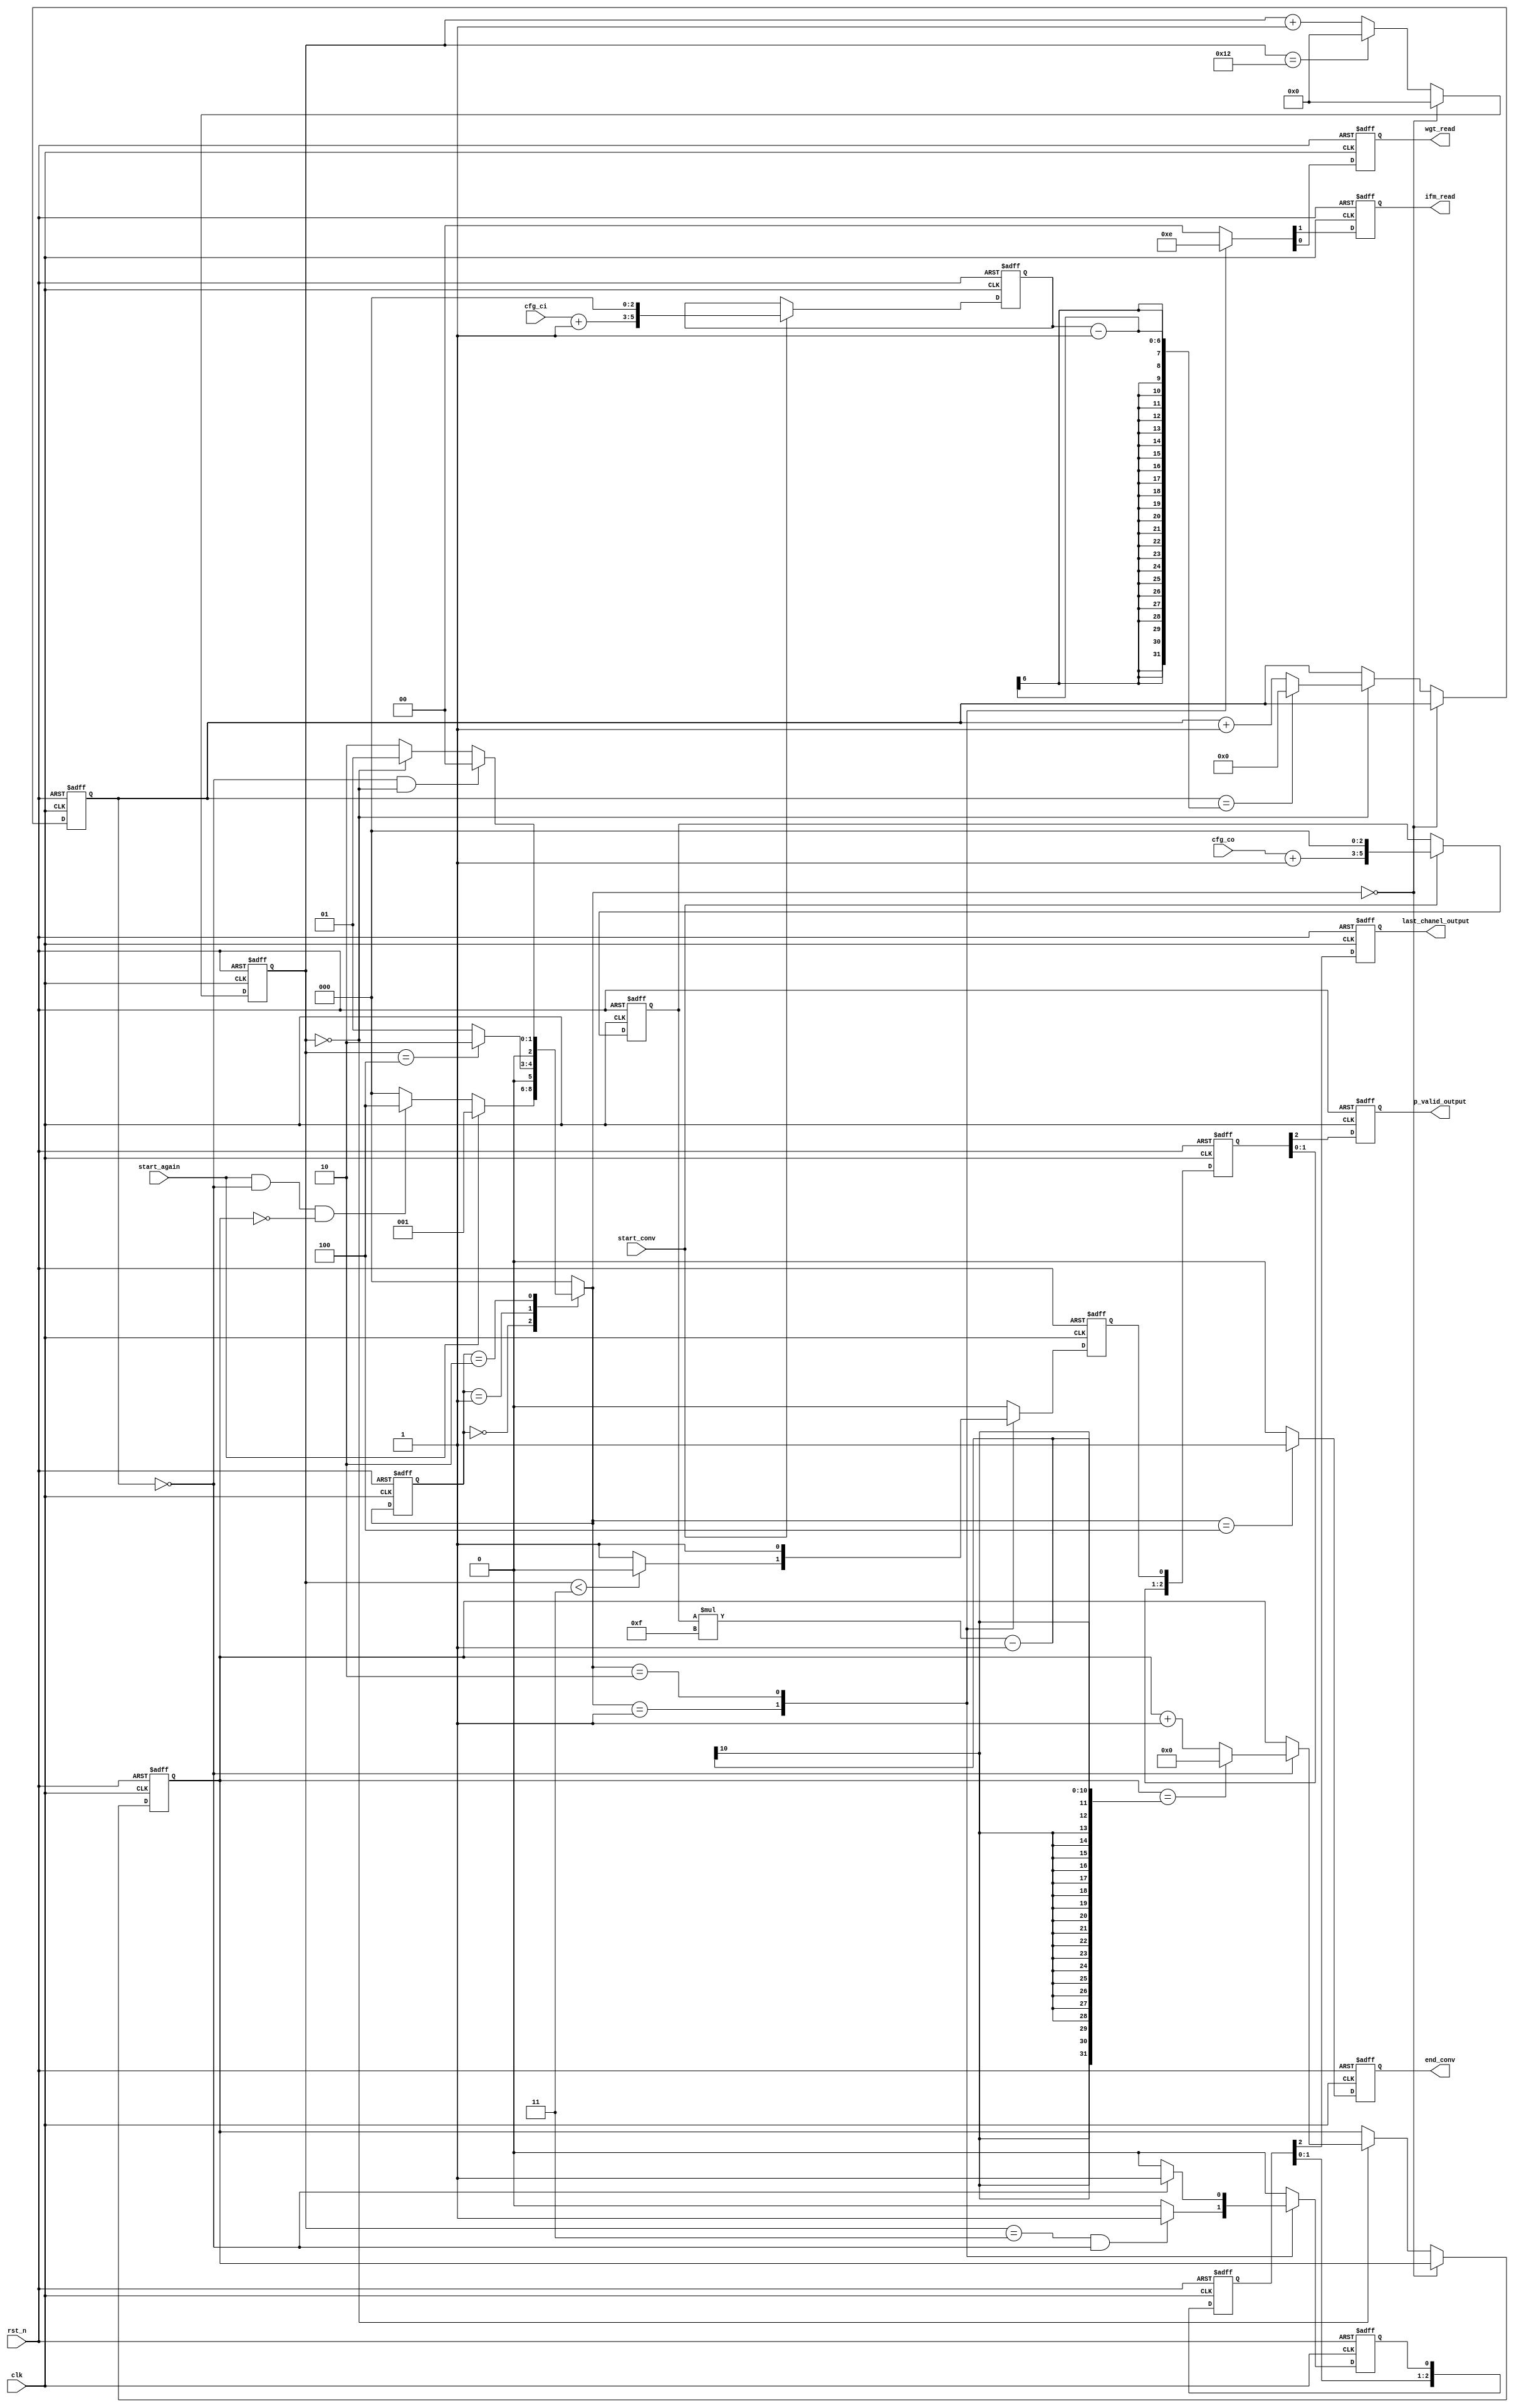
`timescale 1ns / 1ps
//////////////////////////////////////////////////////////////////////////////////
// Company: 
// Engineer: 
// 
// Design Name: 
// Module Name: PE
// Project Name: 
// Target Devices: 
// Tool Versions: 
// Description: 
// 
// Dependencies: 
// 
// Revision:
// Revision 0.01 - File Created
// Additional Comments:
// 
//////////////////////////////////////////////////////////////////////////////////

module PE_FSM (clk, rst_n, start_conv, start_again, cfg_ci, cfg_co, 
            ifm_read, wgt_read, p_valid_output, last_chanel_output, end_conv
);

input clk;
input rst_n;
input start_conv;
input start_again;
input [1:0] cfg_ci;
input [1:0] cfg_co;
output ifm_read;
output wgt_read;
output p_valid_output;
output last_chanel_output;
output end_conv;


reg [5:0] ci;
reg [5:0] co;

reg [5:0] cnt1;
reg [8:0] cnt2;
reg [4:0] cnt3;


reg [2:0] current_state;
reg [2:0] next_state;

reg ifm_read;
reg wgt_read;
reg p_valid;
reg last_chanel;
reg end_conv;

parameter [2:0]
    IDLE = 3'b000,
    S1 = 3'b001,
    S2 = 3'b010,
    FINISH = 3'b100; 

parameter[6:0] tile_length =  16;

always @ (posedge clk or negedge rst_n)
    if(!rst_n)
        current_state <= IDLE;
    else
        current_state <= next_state; 

always @(posedge clk or negedge rst_n) begin
    if (!rst_n) begin
        ci <= 0;
        co <= 0;
    end else if(start_conv) begin
        ci <= ((cfg_ci + 6'b000001) << 3);
        co <= ((cfg_co + 6'b000001) << 3);
    end
end

always @ (current_state or start_conv or start_again or cnt1 or cnt2) 
begin
    next_state = 3'bx; 
    case(current_state)
        IDLE: 
            if(start_again)
                next_state = S1;
            else if(start_again && cnt2 == 0 && cnt3 == 0)
                next_state = FINISH;
            else
                next_state = IDLE;
        S1: 
            next_state = (cnt1 == 4) ? S2 : S1;
        S2:
            if(cnt2 == 0 && cnt1 == 0)
                next_state = IDLE;
            else if(cnt1 == 0)
                next_state = S1;
            // else if(cnt1 == 0)
            //     next_state = S1;
            else 
                next_state = S2;
        default:
            next_state = IDLE;
    endcase
end

always @ (posedge clk or negedge rst_n)
    if(!rst_n)
        {ifm_read, wgt_read, p_valid, last_chanel, end_conv} <= 5'b00000;
    else
        begin
            {ifm_read, wgt_read, p_valid, last_chanel, end_conv} <= 5'b00000;
            case(next_state)
                IDLE:
                    {ifm_read, wgt_read, p_valid, last_chanel, end_conv} <= 5'b00000;
                S1: 
                begin
                    {ifm_read, wgt_read, end_conv} <= 3'b110;
                    p_valid <= (cnt1 < 3) ? 0 : 1; 
                    last_chanel <= (cnt1 == 3 && cnt2 == 0) ? 1 : 0; 
                end
                S2:
                    begin
                        {ifm_read, wgt_read, p_valid, end_conv} <= 4'b1010; 
                        last_chanel <= (cnt2 == 0) ? 1 : 0;               
                    end
                FINISH:
                    {ifm_read, wgt_read, p_valid, last_chanel, end_conv} <= 5'b00001;           
                default:
                    {ifm_read, wgt_read, p_valid, last_chanel, end_conv} <= 5'b00000;
            endcase
        end



always @ (posedge clk or negedge rst_n)
    if(!rst_n)
        begin
            cnt1 <= 0;
            cnt2 <= 0;
            cnt3 <= 0;
        end
    else
        begin
            if(next_state == IDLE)
                cnt1 <= 0;
            else
                begin
                    if (cnt1 == tile_length + 2)
                        cnt1 <= 0;
                    else      
                        cnt1 <= cnt1 + 1;
                    if(cnt1 == 0)
                    begin                     
                        if(cnt2 == ci-1)
                            cnt2 <= 0;
                        else
                            cnt2 <= cnt2 + 1;
                        if(cnt2 == 0)
                            if(cnt3 == co*15-1)
                                cnt3 <= 0;
                            else
                                cnt3 <= cnt3 + 1;
                        else 
                            cnt3 <= cnt3;
                    end
                    else
                        cnt2 <= cnt2;
                end
        end

reg [2:0] p_valid_i;
reg [2:0] last_chanel_i;
reg p_valid_output;
reg last_chanel_output;
always @(posedge clk or negedge rst_n)
    if (!rst_n) begin
        p_valid_output     <= 0;
        p_valid_i[2]       <= 0;
        p_valid_i[1]       <= 0;
        p_valid_i[0]       <= 0;
        last_chanel_output <= 0; 
        last_chanel_i[2]   <= 0;
        last_chanel_i[1]   <= 0;
        last_chanel_i[0]   <= 0;
    end else begin
        p_valid_output     <= p_valid_i[2];
        p_valid_i[2]       <= p_valid_i[1];
        p_valid_i[1]       <= p_valid_i[0];
        p_valid_i[0]       <= p_valid;
        last_chanel_output <= last_chanel_i[2]; 
        last_chanel_i[2]   <= last_chanel_i[1];
        last_chanel_i[1]   <= last_chanel_i[0];
        last_chanel_i[0]   <= last_chanel;
    end


endmodule //PE